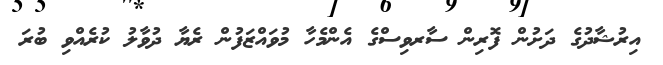
އިރުޝާދުގެ ދަށުން ފޮރިން ސާރވިސްގެ އެންމެހާ މުވައްޒަފުން ރެޔާ ދުވާލު ކުރެއްވި ބުރަ